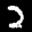
Label: 2